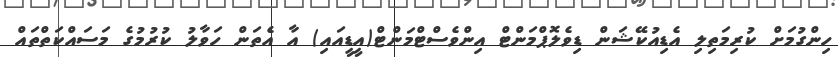
ހިންގުމަށް ކުރިމަތިލި އެޑިއުކޭޝަން ޑިވެލޮޕްމަންޓް އިންވެސްޓްމަންޓް(އީޑީއައި) އާ އެތަން ހަވާލު ކުރުމުގެ މަސައްކަތްތައް